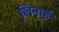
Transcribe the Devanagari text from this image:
लिनाई